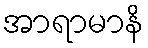
အာရာမာနိ